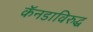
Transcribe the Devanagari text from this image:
कॅनडाविरुद्ध